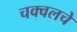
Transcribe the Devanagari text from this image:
चक्वलचे